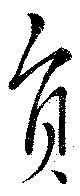
負